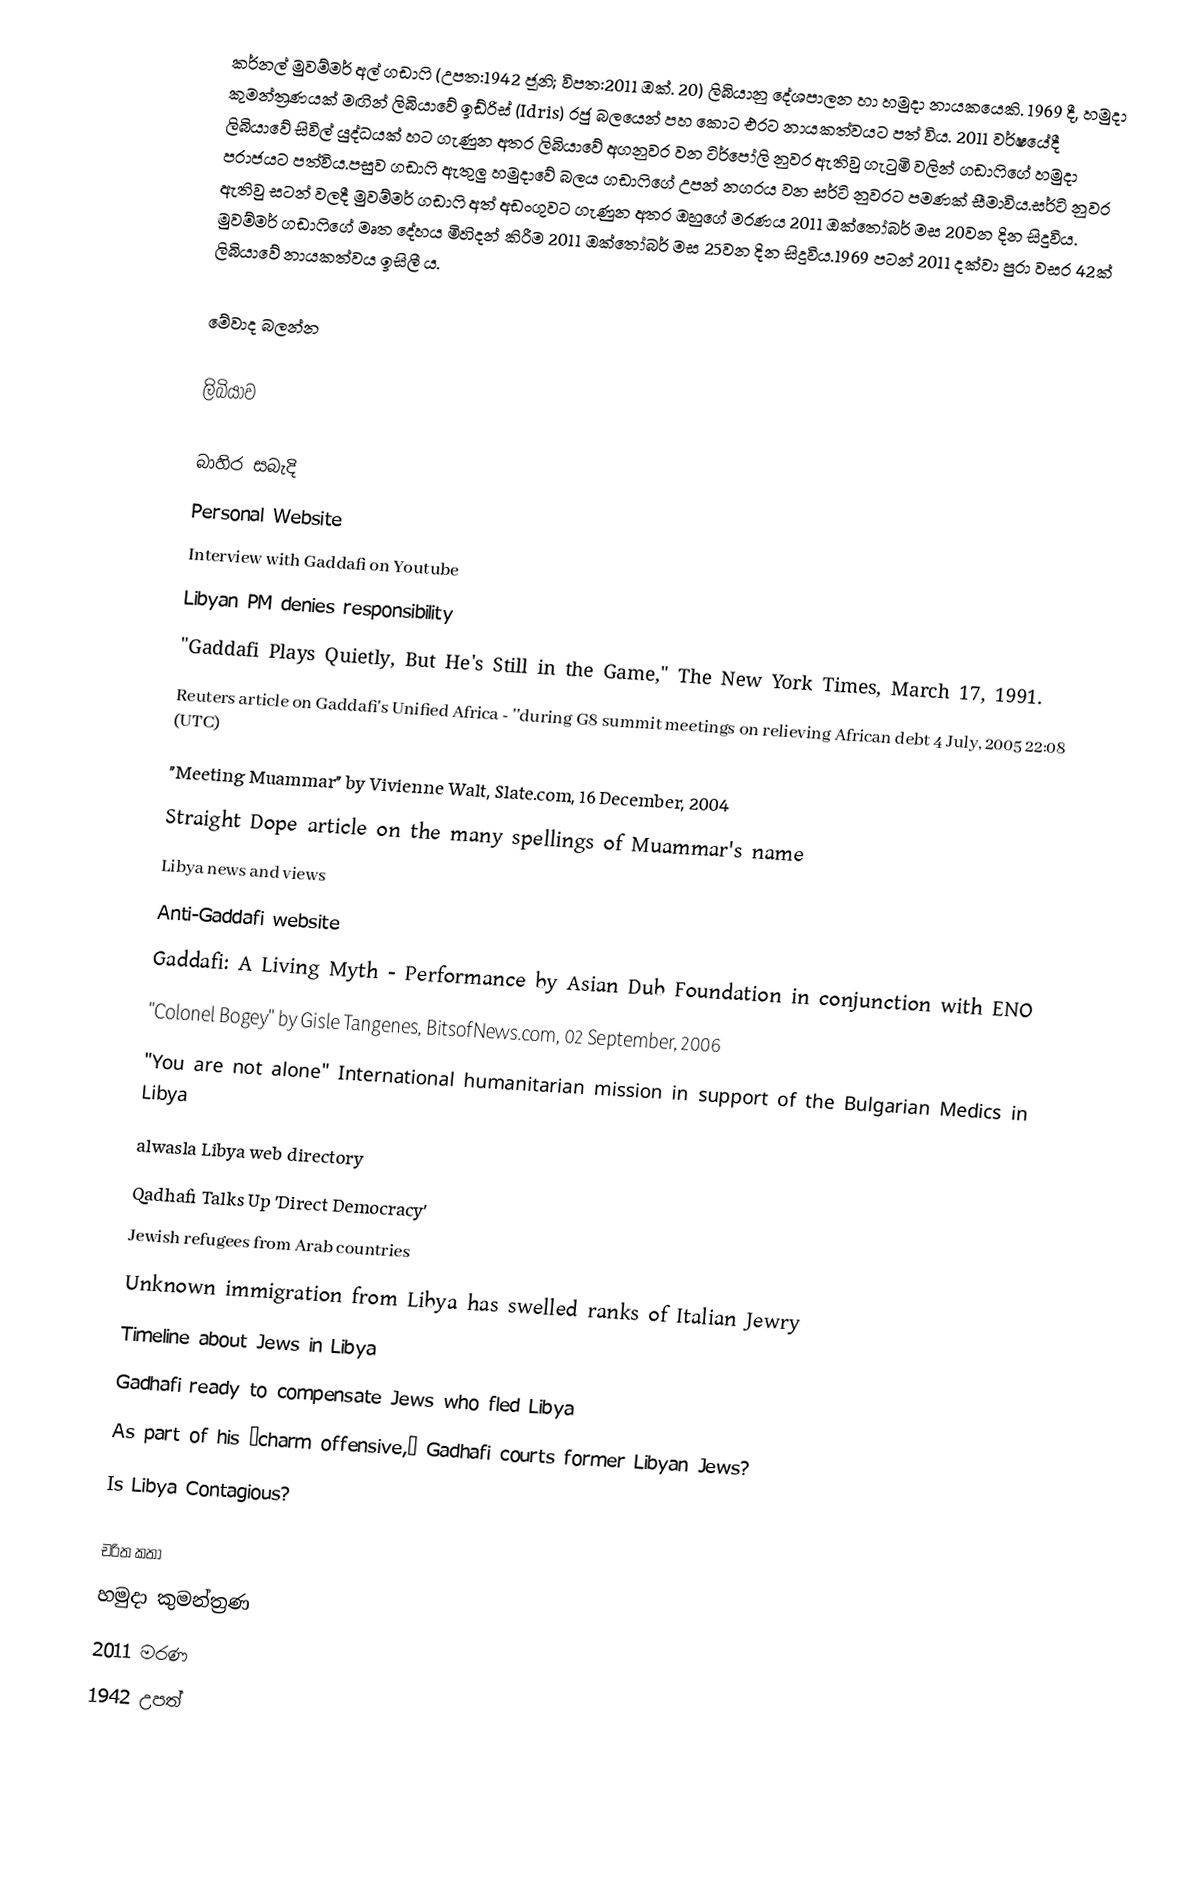
කර්නල් මුවම්මර් අල් ගඩාෆි (උපත​:1942 ජූනි; විපත:2011 ඔක්. 20) ලිබියානු දේශපාලන හා හමුදා නායකයෙකි. 1969 දී, හමුදා කුමන්ත්‍රණයක් මඟින් ලිබියාවේ ඉඩ්රිස් (Idris) රජු බලයෙන් පහ කොට එරට නායකත්වයට පත් විය. ​2011 වර්ෂයේදී ලිබියාවේ සිවිල් යුද්ධයක් හට ගැණුන අතර ලිබියාවේ අගනුවර වන ටිර්පෝලි නුවර ඇතිවු ගැටුමි වලින් ගඩාෆිගේ හමුදා පරාජයට පත්විය.පසුව ගඩාෆි ඇතුලු හමුදාවේ බලය ගඩාෆිගේ උපන් නගරය වන සර්ටි නුවරට පමණක් සීමාවිය.සර්ටි නුවර ඇතිවු සටන් වලදී මුවම්මර් ගඩාෆි අත් අඩංගුවට ගැණුන අතර ඔහුගේ මරණය 2011 ඔක්තෝබර් මස 20වන දින සිදුවිය. මුවම්මර් ගඩාෆිගේ මෘත දේහය මිහිදන් කිරීම 2011 ඔක්තෝබර් මස 25වන දින සිදුවිය.1969 පටන් 2011 දක්වා පුරා වසර 42ක් ලිබියාවේ නායකත්වය ඉසිලී ය.

මේවාද බලන්න​

 ලිබියාව

බාහිර සබැදි
 Personal Website
 Interview with Gaddafi on Youtube
 Libyan PM denies responsibility
 "Gaddafi Plays Quietly, But He's Still in the Game," The New York Times, March 17, 1991.
 Reuters article on Gaddafi's Unified Africa - ''during G8 summit meetings on relieving African debt 4 July, 2005 22:08 (UTC)
 "Meeting Muammar" by Vivienne Walt, Slate.com, 16 December, 2004
 Straight Dope article on the many spellings of Muammar's name
 Libya news and views
 Anti-Gaddafi website
 Gaddafi: A Living Myth - Performance by Asian Dub Foundation in conjunction with ENO
 "Colonel Bogey" by Gisle Tangenes, BitsofNews.com, 02 September, 2006
 "You are not alone" International humanitarian mission in support of the Bulgarian Medics in Libya
 alwasla Libya web directory
 Qadhafi Talks Up 'Direct Democracy'
 Jewish refugees from Arab countries
 Unknown immigration from Libya has swelled ranks of Italian Jewry
 Timeline about Jews in Libya
 Gadhafi ready to compensate Jews who fled Libya
 As part of his ‘charm offensive,’ Gadhafi courts former Libyan Jews?
 Is Libya Contagious?

චරිත කතා
හමුදා කුමන්ත්‍රණ​
2011 මරණ
1942 උපත්